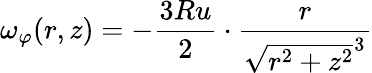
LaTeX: \omega_{\varphi}(r,z)=-{\frac{3Ru}{2}}\cdot{\frac{r}{{\sqrt{r^{2}+z^{2}}}^{3}}}